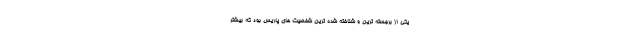
یکی از برجسته ترین و شناخته شده ترین شخصیت های پاریس بود که بیشتر